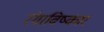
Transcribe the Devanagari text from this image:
रंगाविष्कार